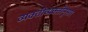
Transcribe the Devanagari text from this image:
व्यक्तीव्यक्तीनुसार